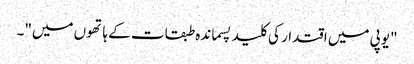
"یوپی میں اقتدار کی کلید پسماندہ طبقات کے ہاتھوں میں"۔